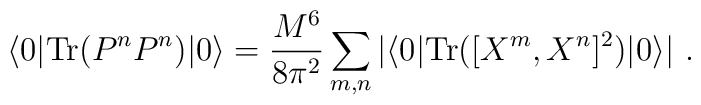
\langle 0 | {\rm Tr}(P^n P^n) | 0 \rangle = \frac{M^6}{8\pi^2}\sum_{m,n} |\langle 0 | {\rm Tr}([X^m,X^n]^2)| 0 \rangle|\ .